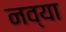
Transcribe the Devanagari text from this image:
नव्‍या